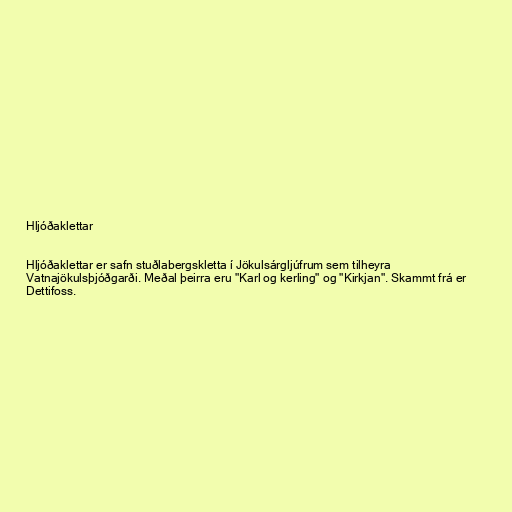
Hljóðaklettar

Hljóðaklettar er safn stuðlabergskletta í Jökulsárgljúfrum sem tilheyra
Vatnajökulsþjóðgarði. Meðal þeirra eru "Karl og kerling" og "Kirkjan". Skammt frá er
Dettifoss.